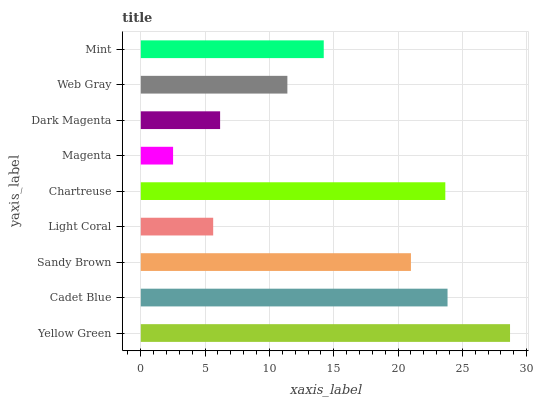
| yaxis_label | bars |
 | --- | --- |
 | Yellow Green | 28.7 |
 | Cadet Blue | 23.8 |
 | Sandy Brown | 21 |
 | Light Coral | 5.63 |
 | Chartreuse | 23.7 |
 | Magenta | 2.51 |
 | Dark Magenta | 6.17 |
 | Web Gray | 11.4 |
 | Mint | 14.2 |